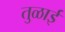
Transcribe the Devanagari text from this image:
तुळाई